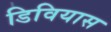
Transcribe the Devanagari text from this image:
डिवियास